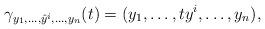
LaTeX: \begin{align*}\gamma_{y_1, \ldots, \hat y^i, \ldots, y_n}(t) = (y_1, \ldots, t y^i, \ldots, y_n),\end{align*}